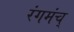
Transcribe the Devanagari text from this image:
रंगमंच्